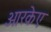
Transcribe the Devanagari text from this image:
आरकेए